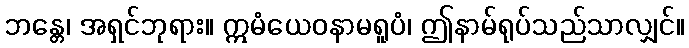
ဘန္တေ၊ အရှင်ဘုရား။ ဣမံယေဝနာမရူပံ၊ ဤနာမ်ရုပ်သည်သာလျှင်။